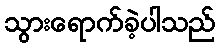
သွားရောက်ခဲ့ပါသည်